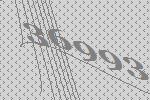
36993